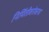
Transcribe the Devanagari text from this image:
निर्मितीबरोबरच